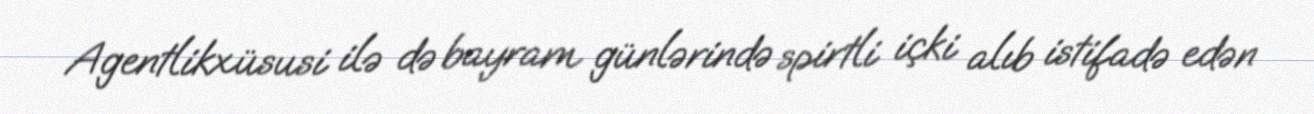
Agentlikxüsusi ilə də bayram günlərində spirtli içki alıb istifadə edən